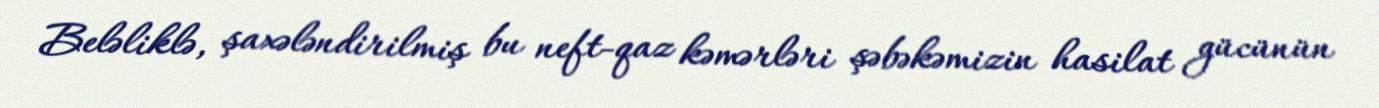
Beləliklə, şaxələndirilmiş bu neft-qaz kəmərləri şəbəkəmizin hasilat gücünün